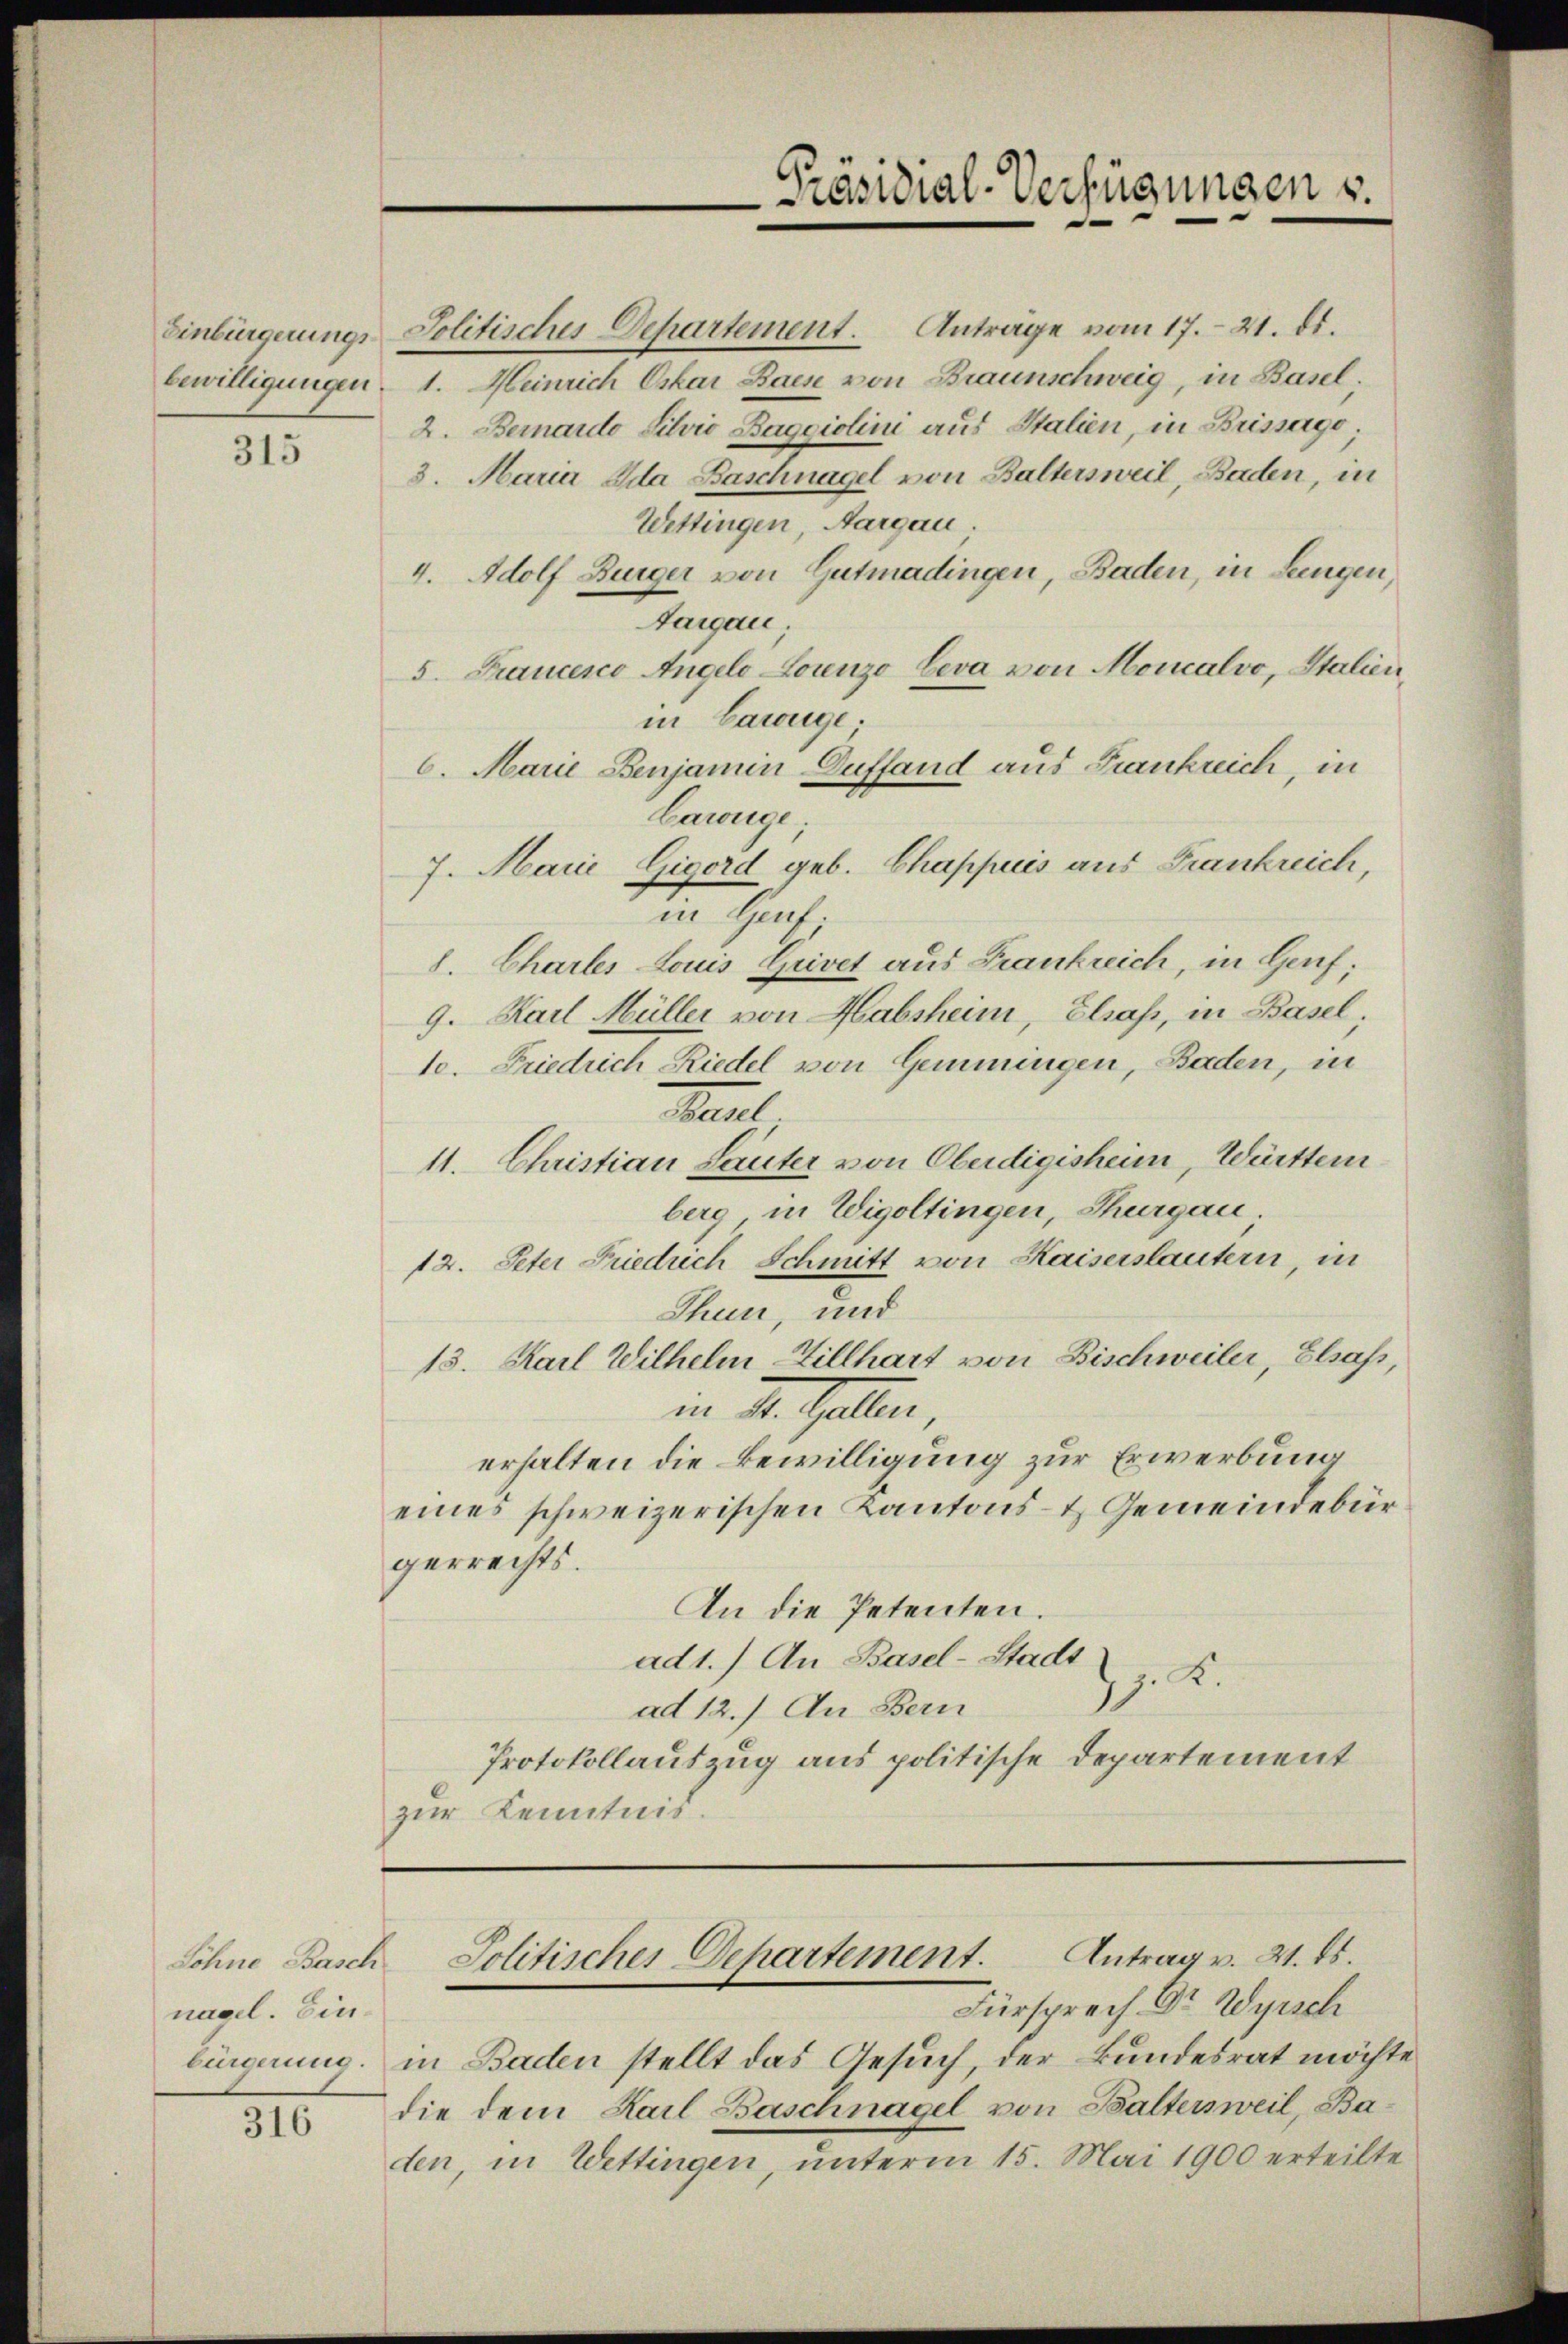
Einbürgerungs

315

Söhne Basch
nagel. Einbürgerung.

316

Jolitisches Departement. Anträge vom 17. 21. ds.
bewilligungen. 1. Meinrich Oskar Bach von Braunschweig, in Basel;
2. Bernardo Silvio Baggiolini aus Stalien, in Brissage;
3. Maria Dda Baschnagel von Baltersweil, Baden, in
Wettingen, Aargau.
4. Adolf Bürger von Gutmadingen, Baden, in Lungen,
Aargau
5. Francesco Angele Lorenzo Leva von Moncalvo, Italien,
in Cawüge;
6. Marie Benjamin Duffand aus Frankreich, in
Cawüge;
7. Marie Gigord geb. Chappuis aus Frankreich,
in Genf.
8. Chartes Louis Grivet aus Frankreich, in Genf;
9. Karl Müller von Habsheim, Elsaß, in Basel;
10. Friedrich Riedel von Gemeingen, Baden, in
Fall
11. Christian Lauter von Oberdigisheim, Württern
berg in Wigoltingen, Thurgau.
12. Peter Friedrich Schmitt von Kaiserstautern, in
Thun, und
15. Karl Wilhelm Hillhart von Bischweiler, Elsass,
in St. Gallen,
erhalten die Bewilligung zur Erwerbung
eines schweizerischen Kantons- & Gemeindebürgerrechts.
An die Petenten.
ad1.) An Basel-Stadt
z. K.
ad 12.) An Bern
Protokollauszug aus politische Departement
zur Kenntnis.

Fürsprech Dr Wyisch
in Baden stellt das Gesuch, der Bundesrat möchte
die dem Karl Baschnagel von Baltersweil, Baden, in Wettingen, unterm 15. Mai 1900 erteilte

Präsidial-Verfügungen s.

Jolitisches Departement. Antrag v. 21. ds.